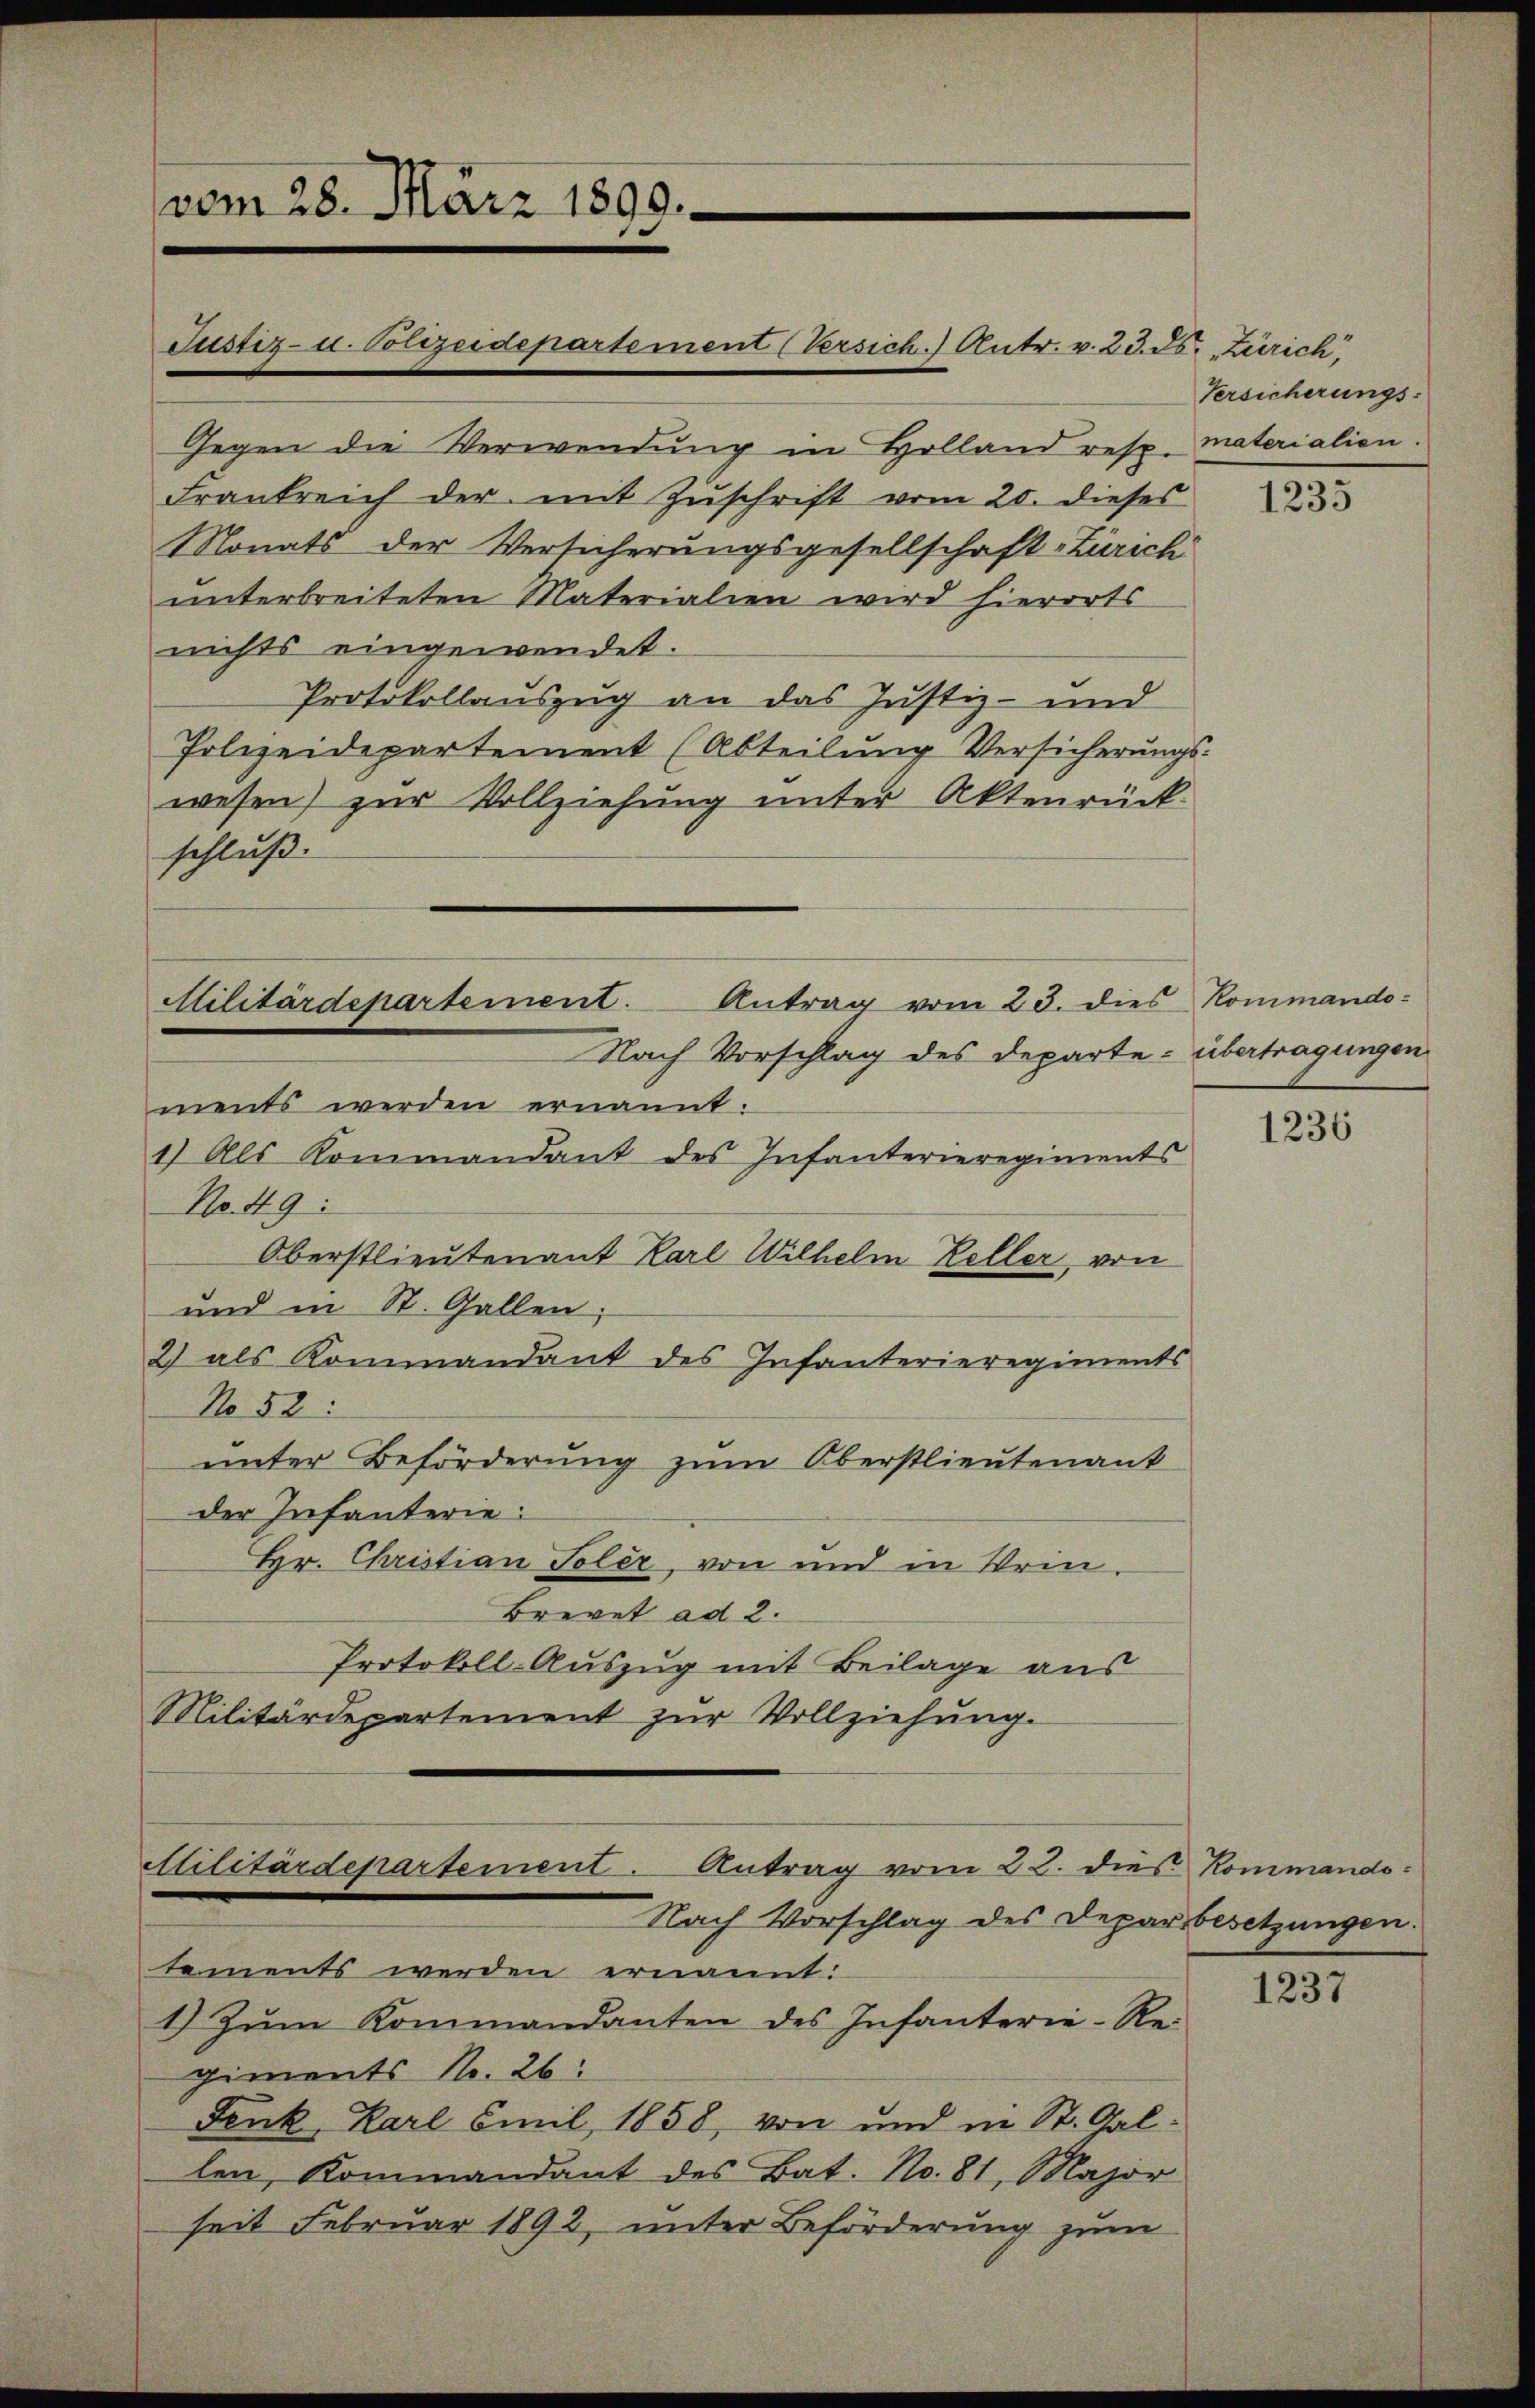
vom 28. März 1899.

Gegen die Verwendung in Holland resp. materialien.
Frankreich der mit Zuschrift vom 20. dieses
Monats der Versicherungsgesellschaft Zürich
unterbreiteten Materialien wird hierorts
nichts eingewendet.
Protokollauszug an das Justiz- und
Polizeidepartement (Abteilung Versicherungswesen) zur Vollziehung unter Aktenrück.
schluß.

Justiz- u. Polizeidepartement (Versich.) Antr. v. 23. ds. Zürich,

Militärdepartement.

Antrag vom 23. dies Kommando-
Nach Vorschlag des Departe übertragungen
ments werden ernannt:
1) Als Kommandant des Infanterieregiments
No. 49:
Oberstlieutenant Karl Wilhelm Keller, von
und in St. Gallen;
2 als Kommandant des Infanterieregiments
No 52:
unter Beförderung zum Oberstlieutenant
der Infanterie:
Hr. Christian Toler, von und in Wein¬
Brevet ad 2.
Protokoll-Auszug mit Beilage aus
Militärdepartement zŭr Vollziehŭng.
Stilitärdepartement. Antrag vom 22. dies Kommando-
Nach Vorschlag des Depars besetzungen:
tements werden ernannt:
1) Zŭm Kommandanten des Infanterie-Re-
giments No. 26:
Fenk, Karl Emil 1858, von und in St. Gallen, Kommandant des Bat. No. 81, Major
seit Februar 1892, unter Beförderung zum

Versicherungs-

1235

1236

1237